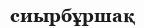
сиырбұршақ